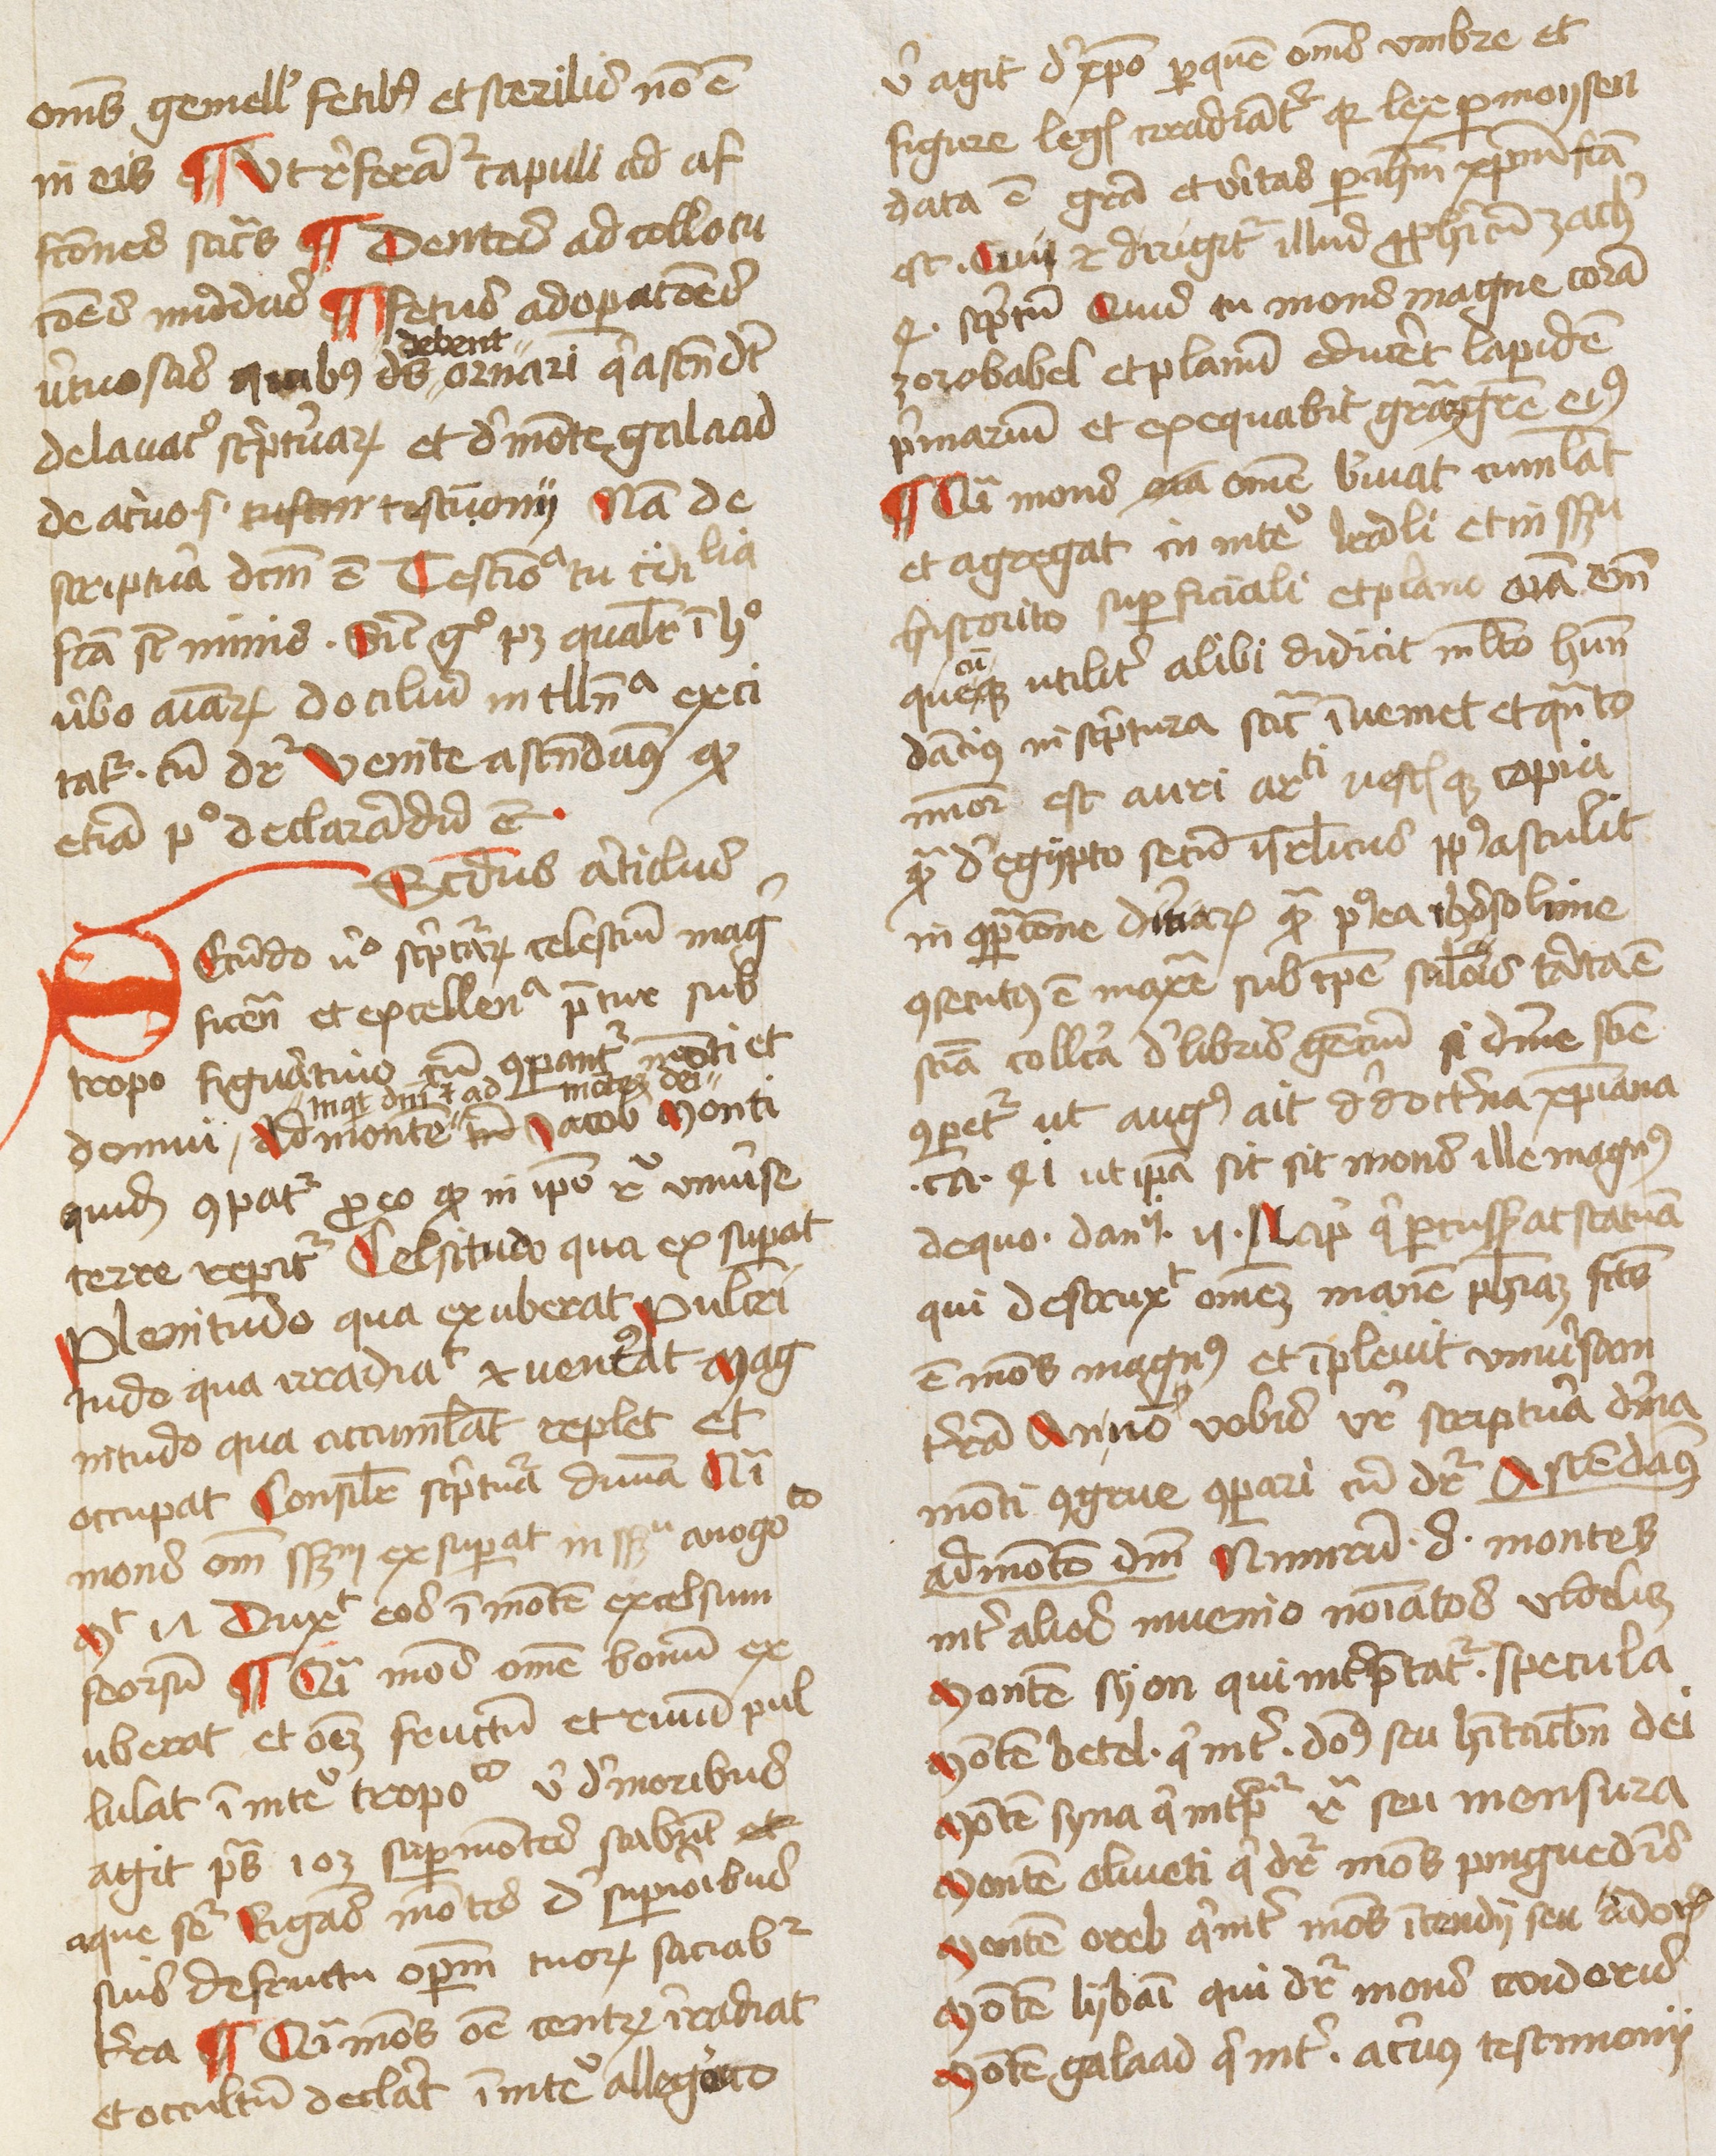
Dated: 1450–1474